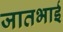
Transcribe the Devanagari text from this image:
जातभाई